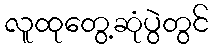
လူထုတွေ့ဆုံပွဲတွင်